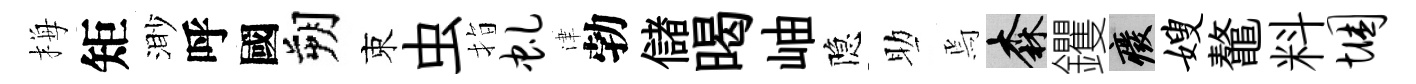
梅矩渺呼國朔束虫指虬津勃儲暍岫隐助焉森钁廢嫂鼇料悃